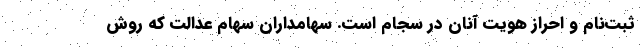
ثبت­نام و احراز هویت آنان در سجام است. سهامداران سهام عدالت که روش